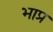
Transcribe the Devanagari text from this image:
भाप्र